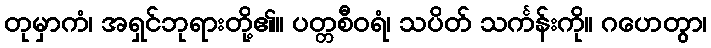
တုမှာကံ၊ အရှင်ဘုရားတို့၏။ ပတ္တစီဝရံ၊ သပိတ် သင်္ကန်းကို။ ဂဟေတွာ၊